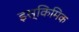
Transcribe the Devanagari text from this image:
इस्किमिक